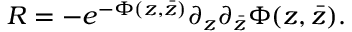
R = - e ^ { - \Phi ( z , \bar { z } ) } \partial _ { z } \partial _ { \bar { z } } \Phi ( z , \bar { z } ) .